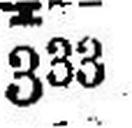
333